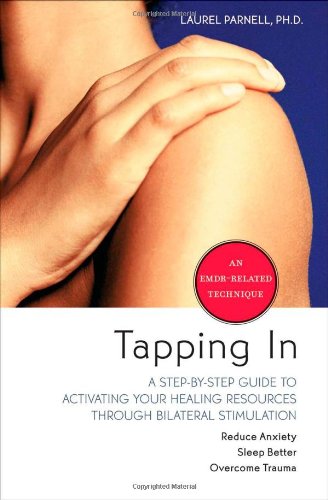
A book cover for Tapping In: A Step-By-Step Guide to Activating Your Healing Resources Through Bilateral Stimulation; Laurel Parnell; Medical Books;